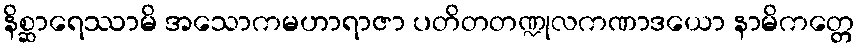
နိစ္ဆာရေဿာမိ အသောကမဟာရာဇာ ပတိတတဏ္ဍုလကဏာဒယော နာမိကတ္တေ